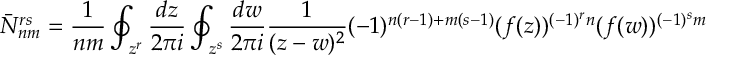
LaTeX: \bar { N } _ { n m } ^ { r s } = \frac { 1 } { n m } \oint _ { z ^ { r } } \frac { d z } { 2 \pi i } \oint _ { z ^ { s } } \frac { d w } { 2 \pi i } \frac { 1 } { ( z - w ) ^ { 2 } } ( - 1 ) ^ { n ( r - 1 ) + m ( s - 1 ) } ( f ( z ) ) ^ { ( - 1 ) ^ { r } n } ( f ( w ) ) ^ { ( - 1 ) ^ { s } m }